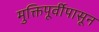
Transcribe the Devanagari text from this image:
मुक्तिपूर्वीपासून